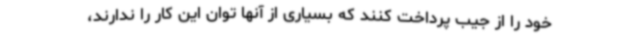
خود را از جیب پرداخت کنند که بسیاری از آنها توان این کار را ندارند،